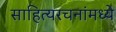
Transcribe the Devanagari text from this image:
साहित्यरचनांमध्ये